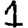
Digit: 1